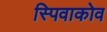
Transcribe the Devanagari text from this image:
स्पिवाकोव